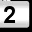
Digit: 2